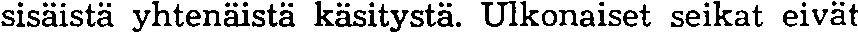
sisäistä yhtenäistä käsitystä. Ulkonaiset seikat eivät